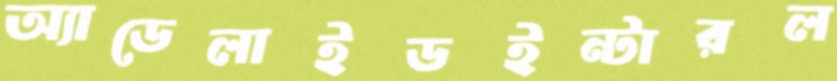
অ্যাডেলাইডইন্টারল